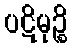
ပဋိမုဉ္စိ